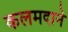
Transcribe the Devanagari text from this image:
कलमदाने